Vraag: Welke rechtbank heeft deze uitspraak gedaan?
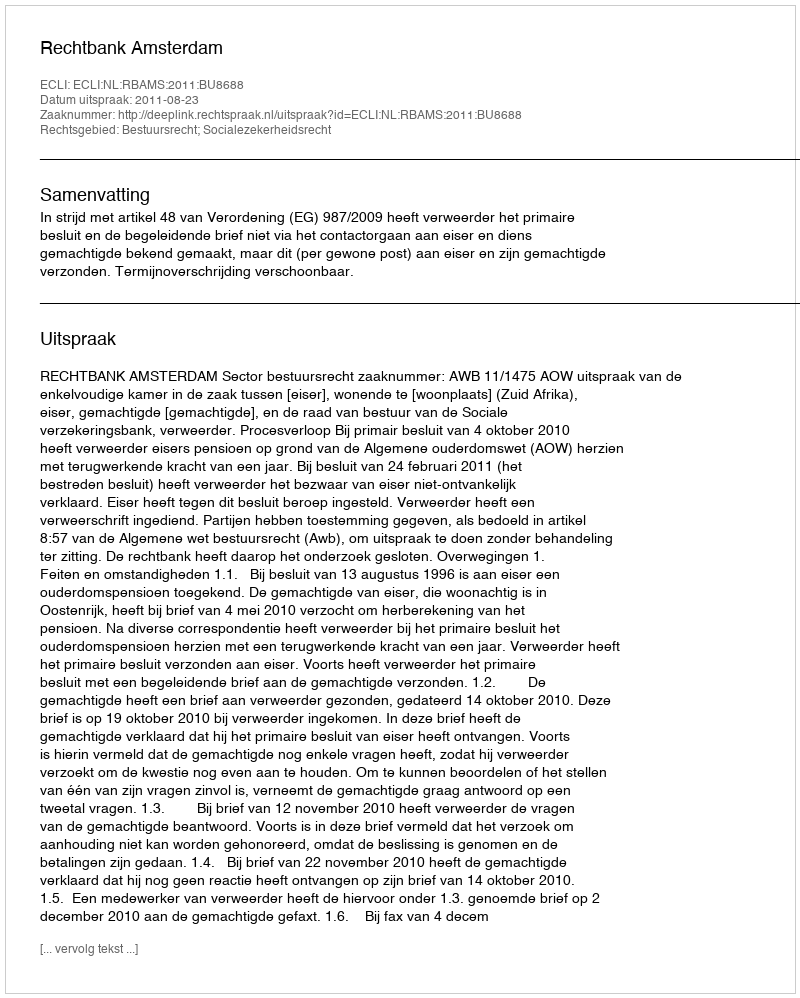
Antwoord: Rechtbank Amsterdam